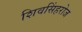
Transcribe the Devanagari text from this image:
शिवसिंहरोज